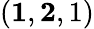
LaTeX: (\mathbf{1},\mathbf{2},1)